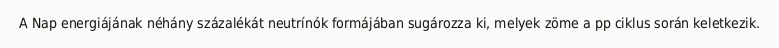
A Nap energiájának néhány százalékát neutrínók formájában sugározza ki, melyek zöme a pp ciklus során keletkezik.